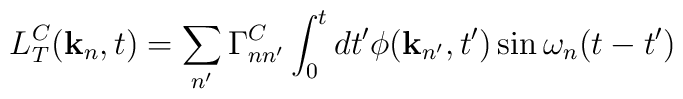
L^C_T({\bf k}_n, t) = \sum_{n'} \Gamma^C_{nn'}\int_0^t dt'\phi({\bf k}_{n'}, t') \sin \omega_n (t-t')